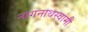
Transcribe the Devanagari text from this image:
नागनाथस्वामी